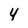
Character: 4